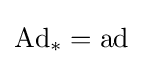
\operatorname {Ad} _{*}=\operatorname {ad}